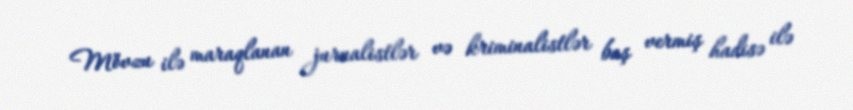
Mövzu ilə maraqlanan jurnalistlər və kriminalistlər baş vermiş hadisə ilə